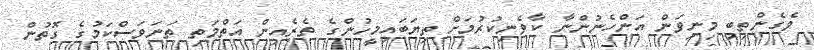
ވެގެންތިބި މިނިވަން އަންހެނުންނާ ކާވެނިކުރުމަށް ތިޔަބައިމީހުންގެ ތެރެއިން އަތްމަތި ތަނަވަސްކަމުގެ ގޮތުން